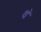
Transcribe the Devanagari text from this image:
थ॓